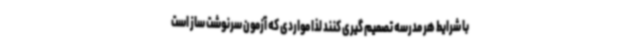
با شرایط هر مدرسه تصمیم گیری کنند لذا مواردی که آزمون سرنوشت ساز است